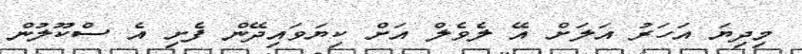
މިދިޔަ އަހަރު އަލަށް އޭ ލެވެލް އަށް ކިޔަވައިދޭން ފެށި އެ ސްކޫލުން